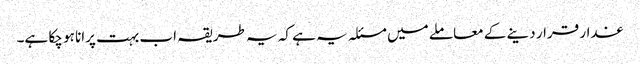
غدار قرار دینے کے معاملے میں مسئلہ یہ ہے کہ یہ طریقہ اب بہت پرانا ہو چکا ہے۔